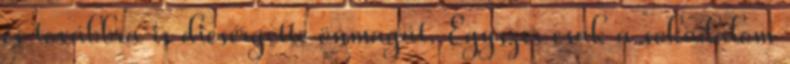
és továbbra is dicsérgette önmagát. Egyszer csak a sokadalom